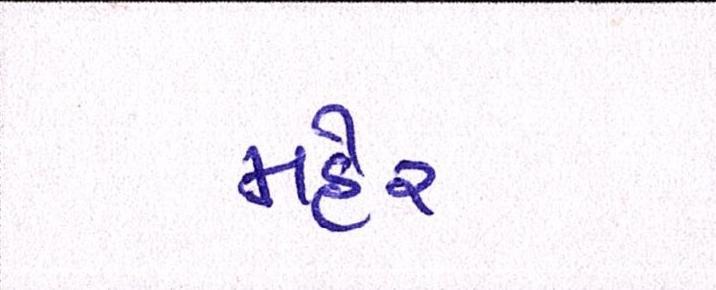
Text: મહેર